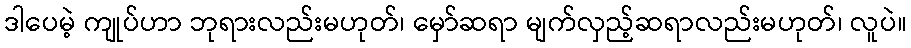
ဒါပေမဲ့ ကျုပ်ဟာ ဘုရားလည်းမဟုတ်၊ မှော်ဆရာ မျက်လှည့်ဆရာလည်းမဟုတ်၊ လူပဲ။